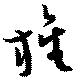
旌